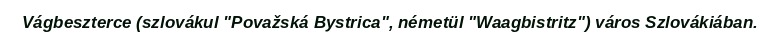
Vágbeszterce (szlovákul "Považská Bystrica", németül "Waagbistritz") város Szlovákiában.